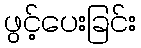
ဖွင့်ပေးခြင်း